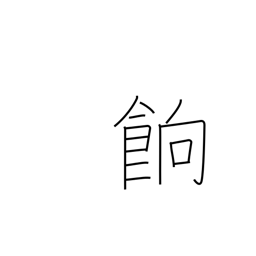
Meaning: (dried) boiled rice